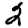
Digit: 2